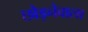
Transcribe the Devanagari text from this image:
छोड़नेवाला